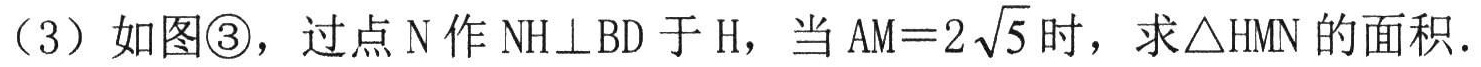
（3）如图\textcircled{3}，过点\(N\)作\(NH\perp BD\)于\(H\)，当\(AM = 2\sqrt{5}\)时，求\(\triangle HMN\)的面积.